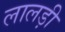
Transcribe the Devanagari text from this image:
लालड़ी